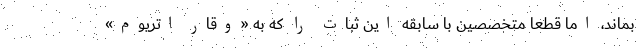
بماند، اما قطعاً متخصصین با سابقه‌ این ثبات را که به «وقار اتریوم»